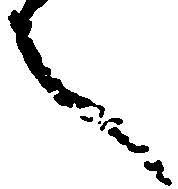
言